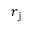
r _ { \mathrm { j } }